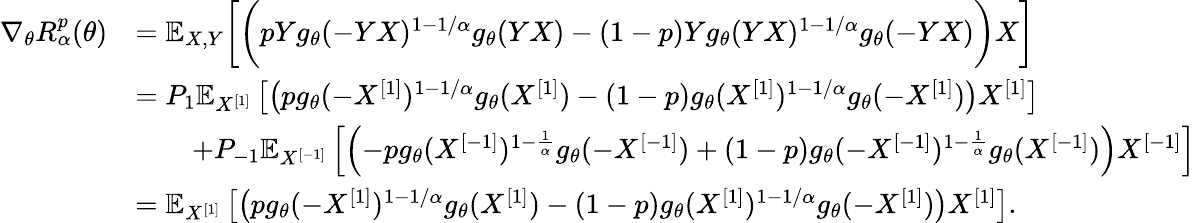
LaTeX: \begin{array}{rl}{\nabla_{\theta}R_{\alpha}^{p}(\theta)}&{=\mathbb{E}_{X,Y}\bigg[\bigg(pYg_{\theta}(-YX)^{1-1/\alpha}g_{\theta}(YX)-(1-p)Yg_{\theta}(YX)^{1-1/\alpha}g_{\theta}(-YX)\bigg)X\bigg]}\\ &{=P_{1}\mathbb{E}_{X^{[1]}}\left[\left(pg_{\theta}(-X^{[1]})^{1-1/\alpha}g_{\theta}(X^{[1]})-(1-p)g_{\theta}(X^{[1]})^{1-1/\alpha}g_{\theta}(-X^{[1]})\right)X^{[1]}\right]}\\ &{\quad\quad+P_{-1}\mathbb{E}_{X^{[-1]}}\left[\left(-pg_{\theta}(X^{[-1]})^{1-\frac{1}{\alpha}}g_{\theta}(-X^{[-1]})+(1-p)g_{\theta}(-X^{[-1]})^{1-\frac{1}{\alpha}}g_{\theta}(X^{[-1]})\right)X^{[-1]}\right]}\\ &{=\mathbb{E}_{X^{[1]}}\left[\left(pg_{\theta}(-X^{[1]})^{1-1/\alpha}g_{\theta}(X^{[1]})-(1-p)g_{\theta}(X^{[1]})^{1-1/\alpha}g_{\theta}(-X^{[1]})\right)X^{[1]}\right].}\end{array}